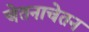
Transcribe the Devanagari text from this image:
चेतनाचेतन